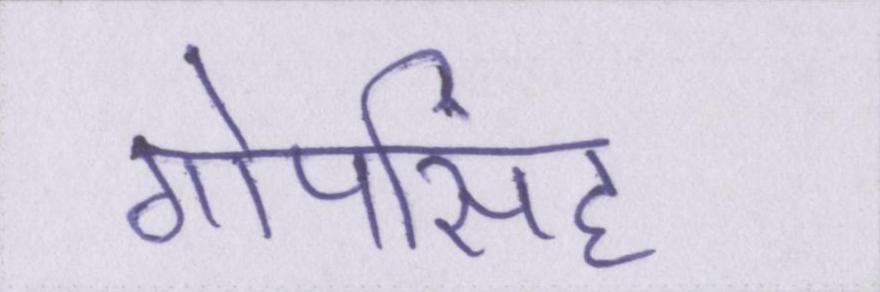
गोपसिंह